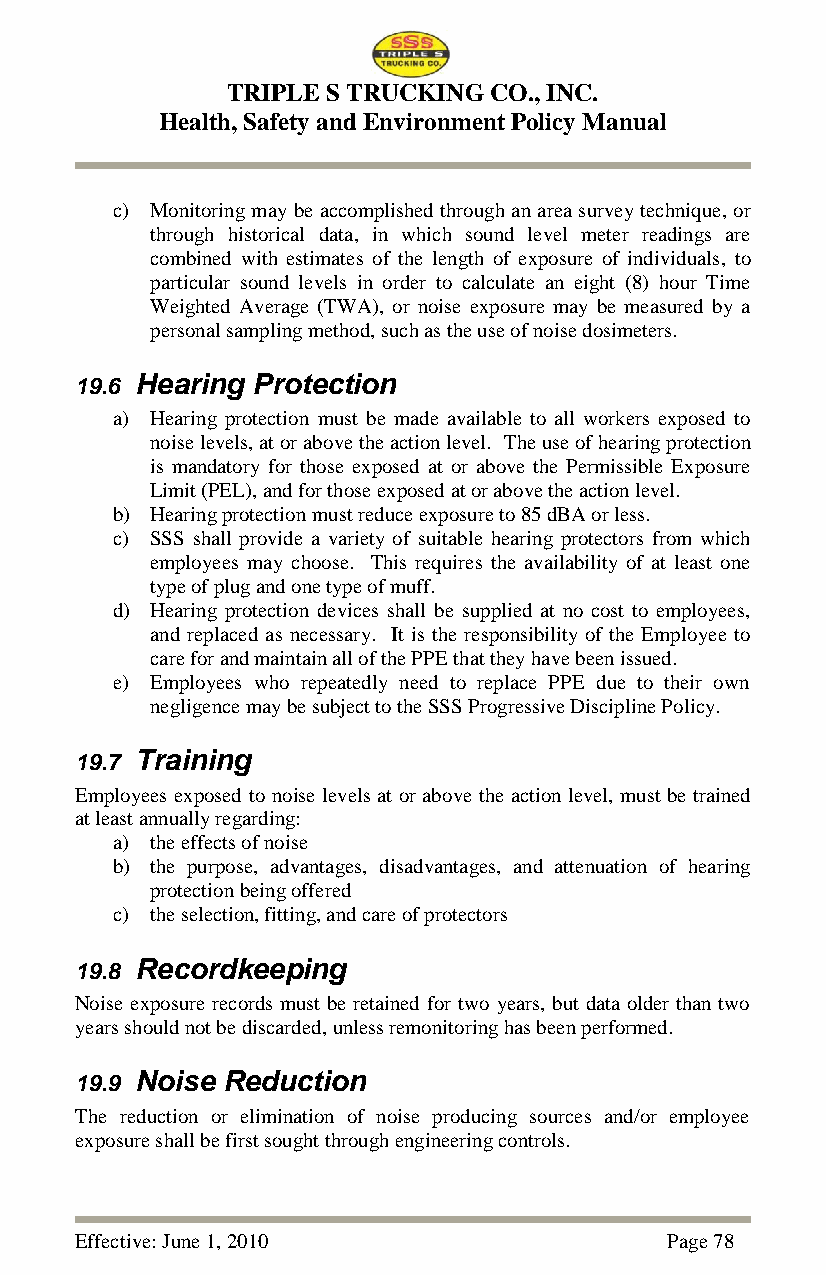
TRIPLE S TRUCKING CO., INC.
 Health, Safety and Environment Policy Manual
 c) Monitoring may be accomplished through an area survey technique, or
 through historical data, in which sound level meter readings are
 combined with estimates of the length of exposure of individuals, to
 particular sound levels in order to calculate an eight (8) hour Time
 Weighted Average (TWA), or noise exposure may be measured by a
 personal sampling method, such as the use of noise dosimeters.
 19.6 Hearing Protection
 a) Hearing protection must be made available to all workers exposed to
 noise levels, at or above the action level. The use of hearing protection
 is mandatory for those exposed at or above the Permissible Exposure
 Limit (PEL), and for those exposed at or above the action level.
 b) Hearing protection must reduce exposure to 85 dBA or less.
 c) SSS shall provide a variety of suitable hearing protectors from which
 employees may choose. This requires the availability of at least one
 type of plug and one type of muff.
 d) Hearing protection devices shall be supplied at no cost to employees,
 and replaced as necessary. It is the responsibility of the Employee to
 care for and maintain all of the PPE that they have been issued.
 e) Employees who repeatedly need to replace PPE due to their own
 negligence may be subject to the SSS Progressive Discipline Policy.
 19.7 Training
 Employees exposed to noise levels at or above the action level, must be trained
 at least annually regarding:
 a) the effects of noise
 b) the purpose, advantages, disadvantages, and attenuation of hearing
 protection being offered
 c) the selection, fitting, and care of protectors
 19.8 Recordkeeping
 Noise exposure records must be retained for two years, but data older than two
 years should not be discarded, unless remonitoring has been performed.
 19.9 Noise Reduction
 The reduction or elimination of noise producing sources and/or employee
 exposure shall be first sought through engineering controls.
 Effective: June 1, 2010                Page 78